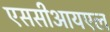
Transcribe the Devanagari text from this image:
एससीआयएल